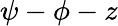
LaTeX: \psi-\phi-z